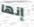
إنها